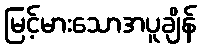
မြင့်မားသောအပူချိန်